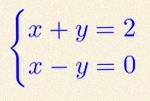
\begin{cases}x+y=2\\x-y=0\end{cases}